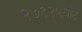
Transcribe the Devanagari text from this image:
२७९२५वोट